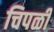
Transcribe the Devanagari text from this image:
चिपळी